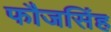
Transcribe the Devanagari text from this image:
फौजसिंह